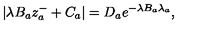
| \lambda B _ { a } z _ { a } ^ { - } + C _ { a } | = D _ { a } e ^ { - \lambda B _ { a } \lambda _ { a } } ,